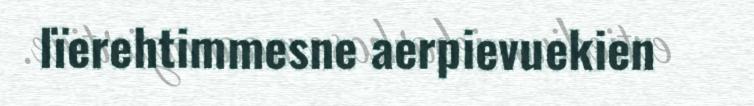
lïerehtimmesne aerpievuekien